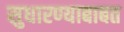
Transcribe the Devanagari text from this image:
सुधारण्याबाबत